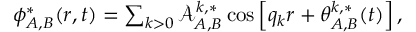
\begin{array} { r } { \phi _ { A , B } ^ { * } ( r , t ) = \sum _ { k > 0 } \mathcal { A } _ { A , B } ^ { k , * } \cos \left[ q _ { k } r + \theta _ { A , B } ^ { k , * } ( t ) \right] , } \end{array}